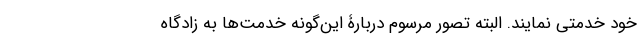
خود خدمتی نمایند. البته تصوّر مرسوم دربارۀ این‌گونه خدمت‌ها به زادگاه